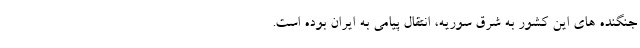
جنگنده های این کشور به شرق سوریه، انتقال پیامی به ایران بوده است.